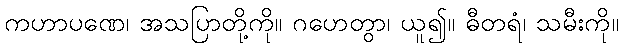
ကဟာပဏေ၊ အသပြာတို့ကို။ ဂဟေတွာ၊ ယူ၍။ ဓီတရံ၊ သမီးကို။